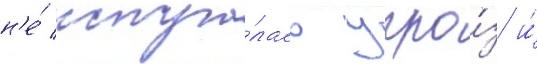
н'е́ испуга́лась угро́з и́